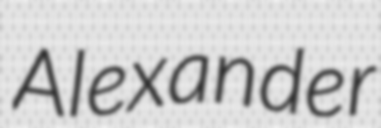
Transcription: Alexander